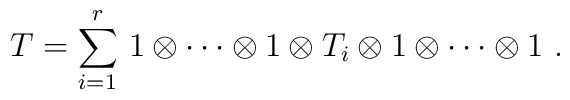
T = \sum_{i = 1}^r\, 1 \otimes \cdots \otimes   1 \otimes T_i \otimes 1\otimes \cdots \otimes 1~.